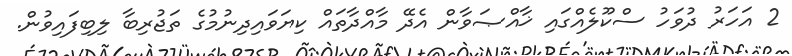
2 އަހަރު ދުވަހު ސްކޫލެއްގައި ޚާއްޞަވާން އެދޭ މާއްދާތައް ކިޔަވައިދިނުމުގެ ތަޖުރިބާ ލިބިފައިވުން.